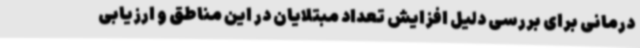
درمانی برای بررسی دلیل افزایش تعداد مبتلایان در این مناطق و ارزیابی